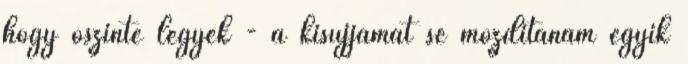
hogy őszinte legyek - a kisujjamat se mozdítanám egyik